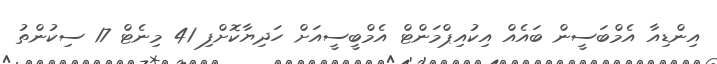
އިންޑިއާ އެމްބަސީން ބައެއް އިކުއިޕްމަންޓް އެމްބީސީއަށް ހަދިޔާކޮށްފި 41 މިނެޓް 17 ސިކުންތު